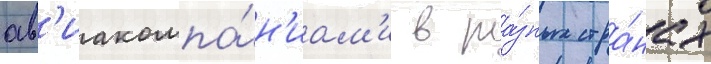
ав'иакомпа́н'иам'и в ра́зных стра́нах